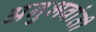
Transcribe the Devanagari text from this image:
अनुभवांती